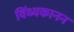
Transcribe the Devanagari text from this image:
विंध्यकानन